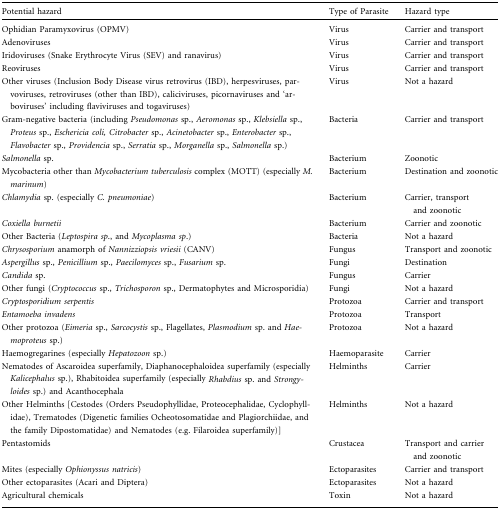
<table><thead><tr><td><b>Potential hazard</b></td><td><b>Type of Parasite</b></td><td><b>Hazard type</b></td></tr></thead><tbody><tr><td>Ophidian Paramyxovirus (OPMV)</td><td>Virus</td><td>Carrier and transport</td></tr><tr><td>Adenoviruses</td><td>Virus</td><td>Carrier and transport</td></tr><tr><td>Iridoviruses (Snake Erythrocyte Virus (SEV) and ranavirus)</td><td>Virus</td><td>Carrier and transport</td></tr><tr><td>Reoviruses</td><td>Virus</td><td>Carrier and transport</td></tr><tr><td>Other viruses (Inclusion Body Disease virus retrovirus (IBD), herpesviruses, parvoviruses, retroviruses (other than IBD), caliciviruses, picornaviruses and ‘arboviruses’ including flaviviruses and togaviruses)</td><td>Virus</td><td>Not a hazard</td></tr><tr><td>Gram-negative bacteria (including <i>Pseudomonas</i> sp., <i>Aeromonas</i> sp., <i>Klebsiella</i> sp., <i>Proteus</i> sp., <i>Eschericia coli, Citrobacter</i> sp., <i>Acinetobacter</i> sp., <i>Enterobacter</i> sp., <i>Flavobacter</i> sp., <i>Providencia</i> sp., <i>Serratia</i> sp., <i>Morganella</i> sp., <i>Salmonella</i> sp.)</td><td>Bacteria</td><td>Carrier and transport</td></tr><tr><td><i>Salmonella</i> sp.</td><td>Bacterium</td><td>Zoonotic</td></tr><tr><td>Mycobacteria other than <i>Mycobacterium</i><i>tuberculosis</i> complex (MOTT) (especially <i>M. marinum</i>)</td><td>Bacterium</td><td>Destination and zoonotic</td></tr><tr><td><i>Chlamydia</i> sp. (especially <i>C. pneumoniae</i>)</td><td>Bacterium</td><td>Carrier, transport and zoonotic</td></tr><tr><td><i>Coxiella burnetii</i></td><td>Bacterium</td><td>Carrier and zoonotic</td></tr><tr><td>Other Bacteria (<i>Leptospira sp</i>., and <i>Mycoplasma sp</i>.)</td><td>Bacteria</td><td>Not a hazard</td></tr><tr><td><i>Chrysosporium</i> anamorph of <i>Nannizziopsis vriesii</i> (CANV)</td><td>Fungus</td><td>Transport and zoonotic</td></tr><tr><td><i>Aspergillus</i> sp., <i>Penicillium</i> sp., <i>Paecilomyces</i> sp., <i>Fusarium</i> sp.</td><td>Fungi</td><td>Destination</td></tr><tr><td><i>Candida</i> sp.</td><td>Fungus</td><td>Carrier</td></tr><tr><td>Other fungi (<i>Cryptococcus</i> sp., <i>Trichosporon</i> sp., Dermatophytes and Microsporidia)</td><td>Fungi</td><td>Not a hazard</td></tr><tr><td><i>Cryptosporidium serpentis</i></td><td>Protozoa</td><td>Carrier and transport</td></tr><tr><td><i>Entamoeba invadens</i></td><td>Protozoa</td><td>Transport</td></tr><tr><td>Other protozoa (<i>Eimeria</i> sp., <i>Sarcocystis</i> sp., Flagellates, <i>Plasmodium</i> sp. and <i>Haemoproteus</i> sp.)</td><td>Protozoa</td><td>Not a hazard</td></tr><tr><td>Haemogregarines (especially <i>Hepatozoon</i> sp.)</td><td>Haemoparasite</td><td>Carrier</td></tr><tr><td>Nematodes of Ascaroidea superfamily, Diaphanocephaloidea superfamily (especially <i>Kalicephalus</i> sp.), Rhabitoidea superfamily (especially <i>Rhabdius</i> sp. and <i>Strongyloides</i> sp.) and Acanthocephala</td><td>Helminths</td><td>Carrier</td></tr><tr><td>Other Helminths [Cestodes (Orders Pseudophyllidae, Proteocephalidae, Cyclophyllidae), Trematodes (Digenetic families Ocheotosomatidae and Plagiorchiidae, and the family Dipostomatidae) and Nematodes (e.g. Filaroidea superfamily)]</td><td>Helminths</td><td>Not a hazard</td></tr><tr><td>Pentastomids</td><td>Crustacea</td><td>Transport and carrier and zoonotic</td></tr><tr><td>Mites (especially <i>Ophionyssus natricis</i>)</td><td>Ectoparasites</td><td>Carrier and transport</td></tr><tr><td>Other ectoparasites (Acari and Diptera)</td><td>Ectoparasites</td><td>Not a hazard</td></tr><tr><td>Agricultural chemicals</td><td>Toxin</td><td>Not a hazard</td></tr></tbody></table>